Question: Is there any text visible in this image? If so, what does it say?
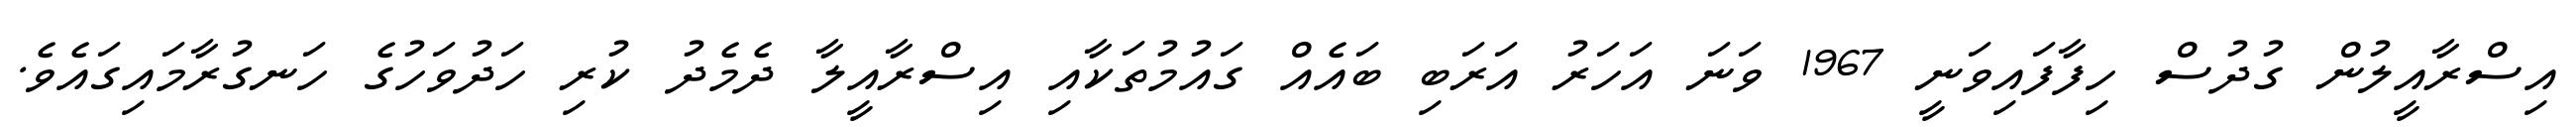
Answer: އިސްރާއީލުން ގުދުސް ހިފާފައިވަނީ 1967 ވަނަ އަހަރު އަރަބި ބައެއް ގައުމުތަކާއި އިސްރާއީލާ ދެމެދު ކުރި ހަދުވަހުގެ ހަނގުރާމައިގައެވެ.